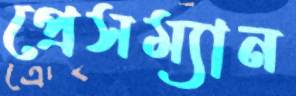
প্রেসম্যান